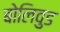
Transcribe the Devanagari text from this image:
बोलिवुड